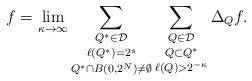
\begin{align*}f = \lim_{\kappa \to \infty} \mathop{\mathop{\sum_{Q^* \in \mathcal{D}}}_{\ell(Q^*) = 2^s}}_{Q^* \cap B(0, 2^N) \ne \emptyset} \mathop{\mathop{\sum_{Q \in \mathcal{D}}}_{Q \subset Q^*}}_{\ell(Q) > 2^{-\kappa}} \Delta_Q f.\end{align*}